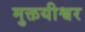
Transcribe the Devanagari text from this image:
मुक्तयीश्वर